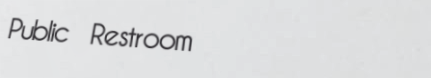
Public Restroom